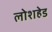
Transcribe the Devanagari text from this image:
लोशहेड